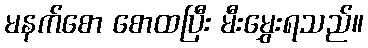
မနက်စော စောထပြီး မီးမွှေးရသည်။